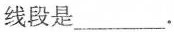
线段是 ______ 。